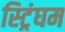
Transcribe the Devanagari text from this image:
स्ट्रिंघम